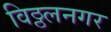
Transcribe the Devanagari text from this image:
विठ्ठलनगर